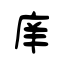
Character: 庠